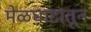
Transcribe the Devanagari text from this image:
मेळघाटातून